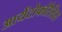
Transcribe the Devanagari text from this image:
आयेंटोफोरैसिस